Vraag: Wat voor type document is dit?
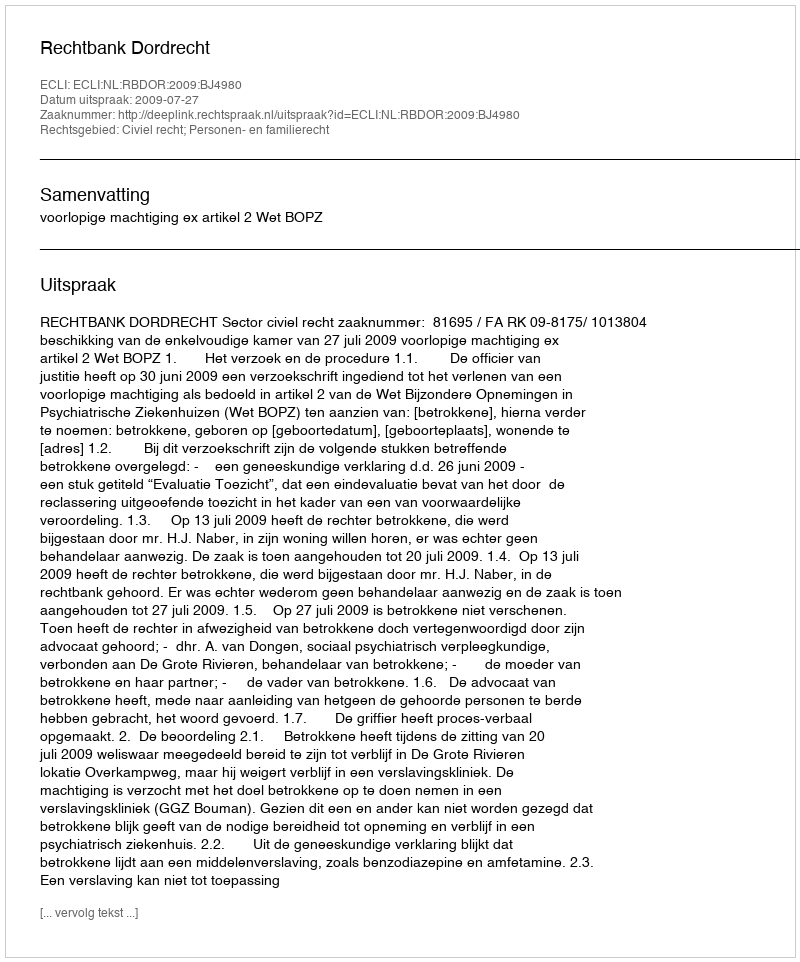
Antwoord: Uitspraak